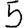
Digit: 5